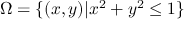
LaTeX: \Omega = \{ ( x , y ) | x ^ { 2 } + y ^ { 2 } \leq 1 \}